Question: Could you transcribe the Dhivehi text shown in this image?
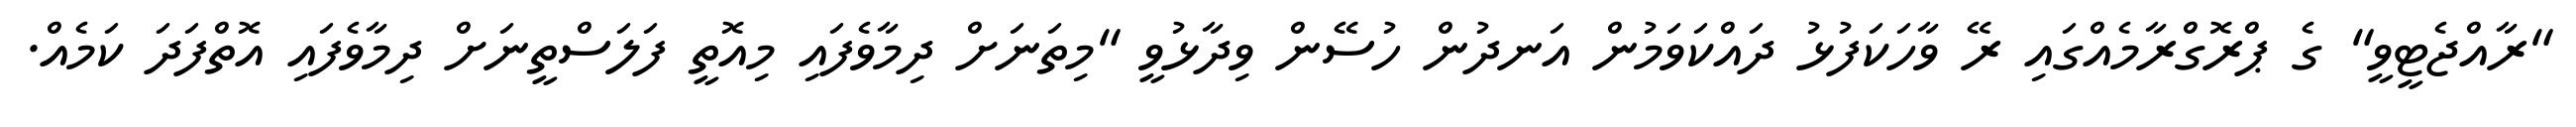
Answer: "ރާއްޖެޓީވީ" ގެ ޕްރޮގްރާމެއްގައި ރޭ ވާހަކަފުޅު ދައްކަވަމުން އަނދުން ހުސޭން ވިދާޅުވީ "މިތަނަށް ދިމާވެފައި މިއޮތީ ފަލަސްތީނަށް ދިމާވެފައި އޮތްފަދަ ކަމެއް.